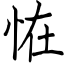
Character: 恠